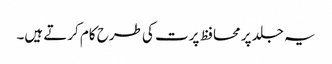
یہ جلد پر محافظ پرت کی طرح کام کرتے ہیں۔